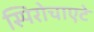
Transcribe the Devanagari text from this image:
स्पिरोचाएटे